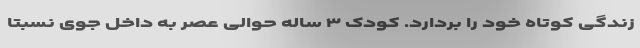
زندگی کوتاه خود را بردارد. کودک ۳ ساله حوالی عصر به داخل جوی نسبتا